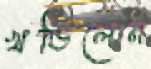
খণ্ডিলেন